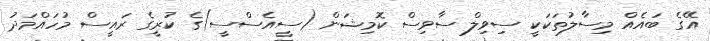
އޭގެ ބައެއް މިސާލުތަކަކީ ސިވިލް ސާވިސް ކޮމިޝަން (ސީއެސްސީ)ގެ ކުރީގެ ރައީސް މުހައްމަދު